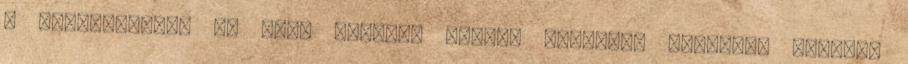
a szocreálban. Ők mire várnak, milyen világért tudnának kiállni